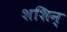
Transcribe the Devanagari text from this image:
शशिन्‌